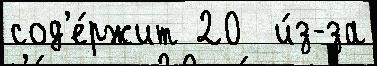
сод'е́ржит 20  и́з-за